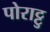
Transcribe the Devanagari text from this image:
पोराट्टु